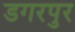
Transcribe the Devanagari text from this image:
डगरपुर